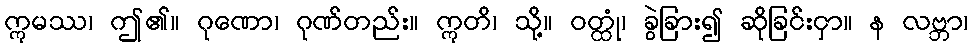
ဣမဿ၊ ဤ၏။ ဂုဏော၊ ဂုဏ်တည်း။ ဣတိ၊ သို့။ ဝတ္ထုံ၊ ခွဲခြား၍ ဆိုခြင်းငှာ။ န လဗ္ဘာ၊